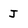
Character: J